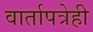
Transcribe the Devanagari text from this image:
वार्तापत्रेही